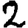
Digit: 2